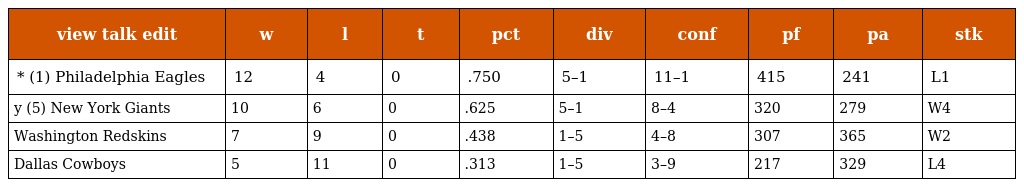
| view talk edit | w | l | t | pct | div | conf | pf | pa | stk |
 | --- | --- | --- | --- | --- | --- | --- | --- | --- | --- |
 | * (1) Philadelphia Eagles | 12 | 4 | 0 | .750 | 5–1 | 11–1 | 415 | 241 | L1 |
 | y (5) New York Giants | 10 | 6 | 0 | .625 | 5–1 | 8–4 | 320 | 279 | W4 |
 | Washington Redskins | 7 | 9 | 0 | .438 | 1–5 | 4–8 | 307 | 365 | W2 |
 | Dallas Cowboys | 5 | 11 | 0 | .313 | 1–5 | 3–9 | 217 | 329 | L4 |